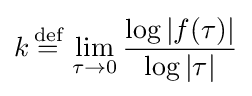
k\,{\stackrel {\text{def}}{=}}\,\lim _{\tau \to 0}{\frac {\log |f(\tau )|}{\log |\tau |}}